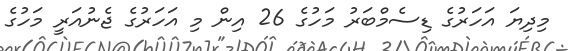
މިދިޔަ އަހަރުގެ ޑިސެމްބަރު މަހުގެ 26 އިން މި އަހަރުގެ ޖެނުއަރީ މަހުގެ